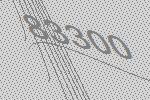
83300